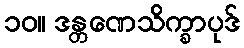
၁၀။ ဒန္တဏေသိက္ခာပုဒ်